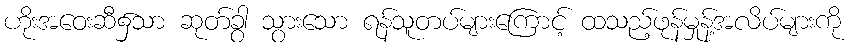
ဟိုးအဝေးဆီ၌သာ ဆုတ်ခွါ သွားသော ရန်သူတပ်များကြောင့် ထသည့်ဖုန်မှုန့်အလိပ်များကို